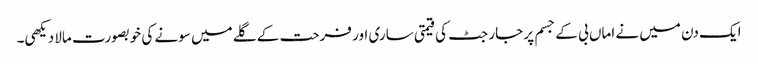
ایک دن میں نے اماں بی کے جسم پر جارجٹ کی قیمتی ساری اور فرحت کے گلے میں سونے کی خوبصورت مالا دیکھی۔